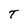
Character: T